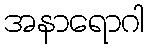
အနာရောဂါ